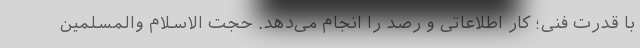
با قدرت فنی؛ کار اطلاعاتی و رصد را انجام می‌دهد. حجت الاسلام والمسلمین